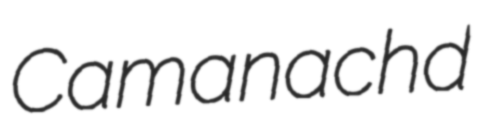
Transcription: Camanachd